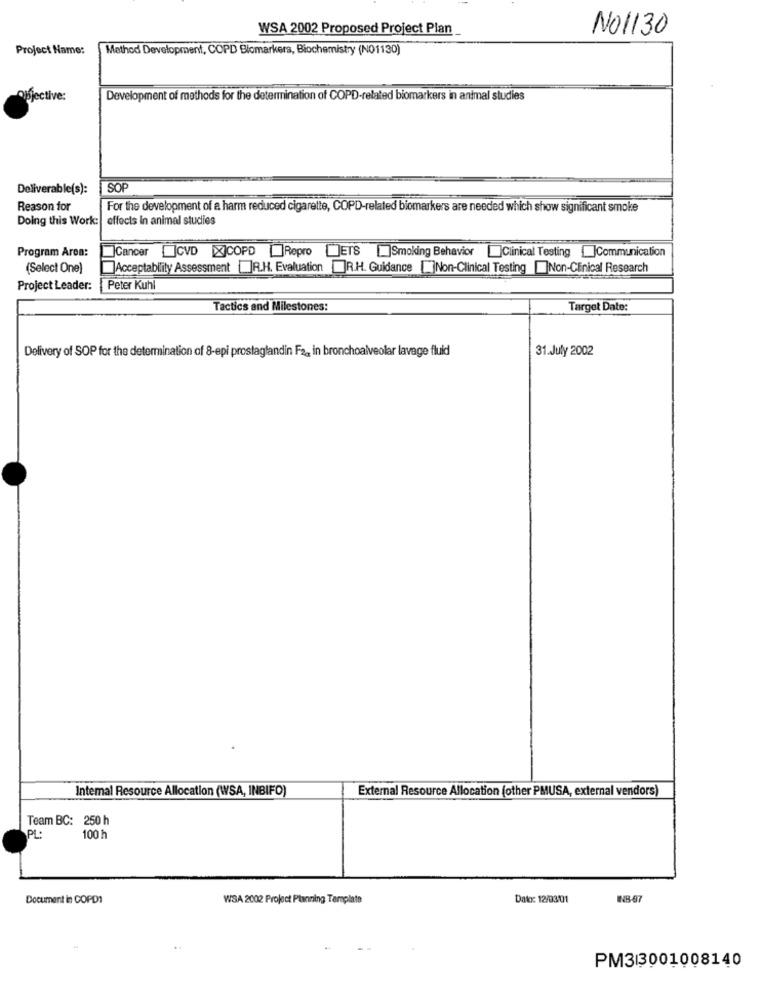
WSA 2002 Proposed Project Plan
NO1130
Project Name:
Method Development, COPD Biomarkers, Biochemistry (NO1130)
objective:
Development of methods for the determination of COPD-related biomarkers in animal studies
Deliverable(s):
SOP
Reason for
For the development of a harm reduced cigarette, COPD-related biomarkers are needed which show significant smoke
Doing this Work: effects in animal studies
Program Area:
Cancer JCVD X]COPD Repro JETS []Smoking Behavior Clinical Testing [ ]Communication
(Select One)
Acceptability Assessment ||R.H. Evaluation ]R.H. Guidance []Non-Clinical Testing Non-Clinical Research
Project Leader: Peter Kuhl
Tactics and Milestones:
Target Date:
Delivery of SOP for the determination of 8-epi prostaglandin Fa ,, in bronchoalveolar lavage fluid
31.July 2002
Intemal Resource Allocation (WSA, INBIFO)
External Resource Allocation (other PMUSA, external vendors)
Team BC: 250 h
PL:
100 h
Document in COPD1
WSA 2002 Project Planning Template
Dato: 12/03/01
INB-07
PM33001008140